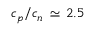
c _ { p } / c _ { n } \, \simeq \, 2 . 5